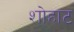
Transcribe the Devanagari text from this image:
शोहाट